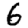
Digit: 6